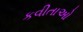
કવીતાઓ